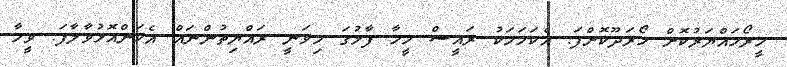
ހީރޯހައްޔަރުކޮށް ހޯރަދޫކޮށްފަ. އެކަމަމަކު ރައީސް މީހާ ފާޅުގަ މިވަނީ ރައްޔިތުންނައް އެކަންއޮޅުވާލާފަ. ވީމާ